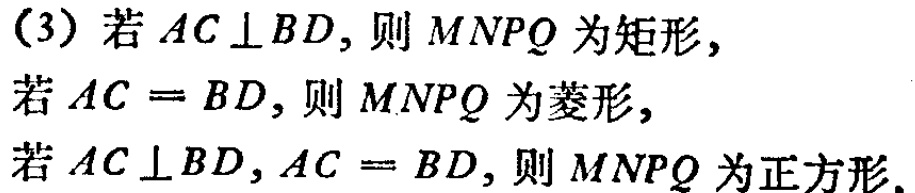
(3) 若 \(AC\perp BD\)，则 \(MNPQ\) 为矩形，
若 \(AC = BD\)，则 \(MNPQ\) 为菱形，
若 \(AC\perp BD\)，\(AC = BD\)，则 \(MNPQ\) 为正方形.